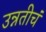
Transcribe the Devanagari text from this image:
उन्नतीचं